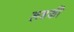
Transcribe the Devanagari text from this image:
लडकीं